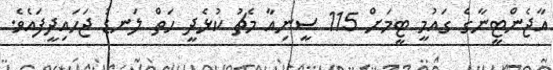
އާޖެންޓީނާގެ ގައުމީ ޓީމަށް 115 ސީނިއާ މެޗު ކުޅެދީ ހަތް ލަނޑު ޖަހައިދީފައެވެ.